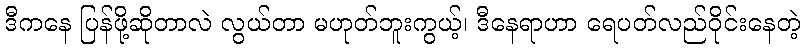
ဒီကနေ ပြန်ဖို့ဆိုတာလဲ လွယ်တာ မဟုတ်ဘူးကွယ့်၊ ဒီနေရာဟာ ရေပတ်လည်ဝိုင်းနေတဲ့